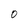
Character: 0